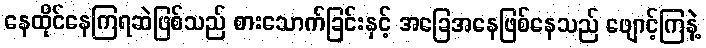
နေထိုင်နေကြရဆဲဖြစ်သည် စားသောက်ခြင်းနှင့် အခြေအနေဖြစ်နေသည် ဖျောင့်ကြနဲ့